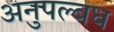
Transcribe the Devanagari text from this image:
अनुपल्बध